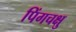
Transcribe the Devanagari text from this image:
पिंगचक्षु